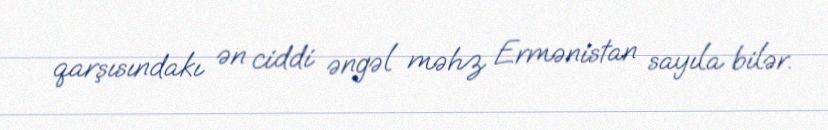
qarşısındakı ən ciddi əngəl məhz Ermənistan sayıla bilər.